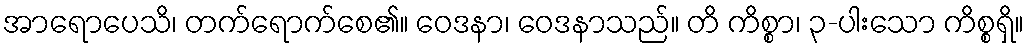
အာရောပေသိ၊ တက်ရောက်စေ၏။ ဝေဒနာ၊ ဝေဒနာသည်။ တိ ကိစ္စာ၊ ၃-ပါးသော ကိစ္စရှိ။